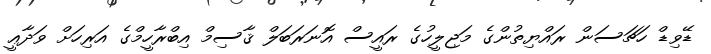
ޑޭވިޑް ހަޗަސަން ރައްޔިތުންގެ މަޖިލީހުގެ ރައީސް އޮނަރަބަލް ޤާސިމް އިބްރާހީމްގެ އަރިހަށް ވަދާޢީ